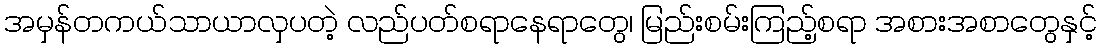
အမှန်တကယ်သာယာလှပတဲ့ လည်ပတ်စရာနေရာတွေ၊ မြည်းစမ်းကြည့်စရာ အစားအစာတွေနှင့်